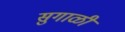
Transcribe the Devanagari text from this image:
सुगाळी